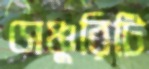
সেঞ্চুরিটি